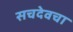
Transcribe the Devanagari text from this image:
सचदेवचा